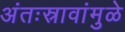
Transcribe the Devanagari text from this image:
अंतःस्रावांमुळे